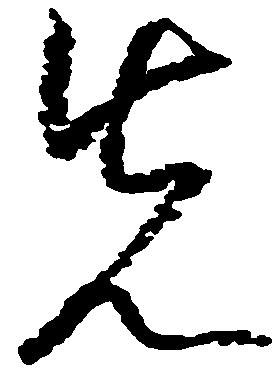
先